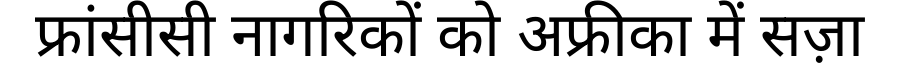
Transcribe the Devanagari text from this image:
फ्रांसीसी नागरिकों को अफ्रीका में सज़ा